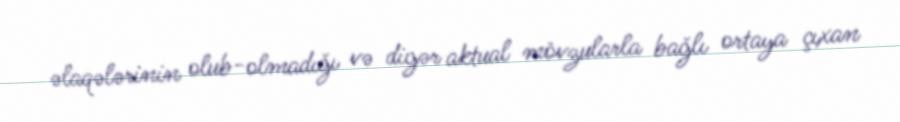
əlaqələrinin olub-olmadığı və digər aktual mövzularla bağlı ortaya çıxan